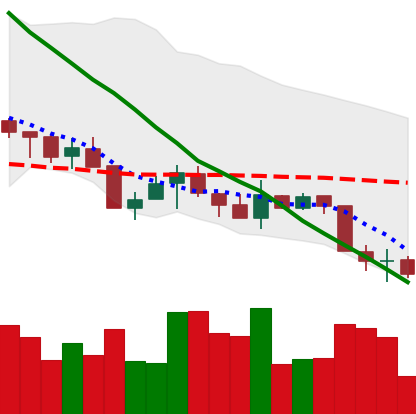
Ticker: XMR-USD
Chart end date: 2018-05-25
Forward return: -5.758%
Label: down_5_7